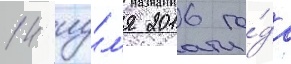
14 иу́л'я 2016 го́да